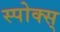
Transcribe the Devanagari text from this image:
स्पोक्स्